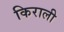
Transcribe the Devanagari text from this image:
किराली